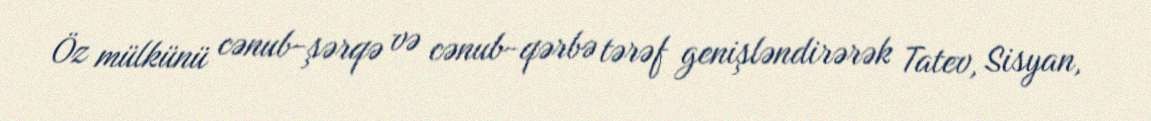
Öz mülkünü cənub-şərqə və cənub-qərbə tərəf genişləndirərək Tatev, Sisyan,